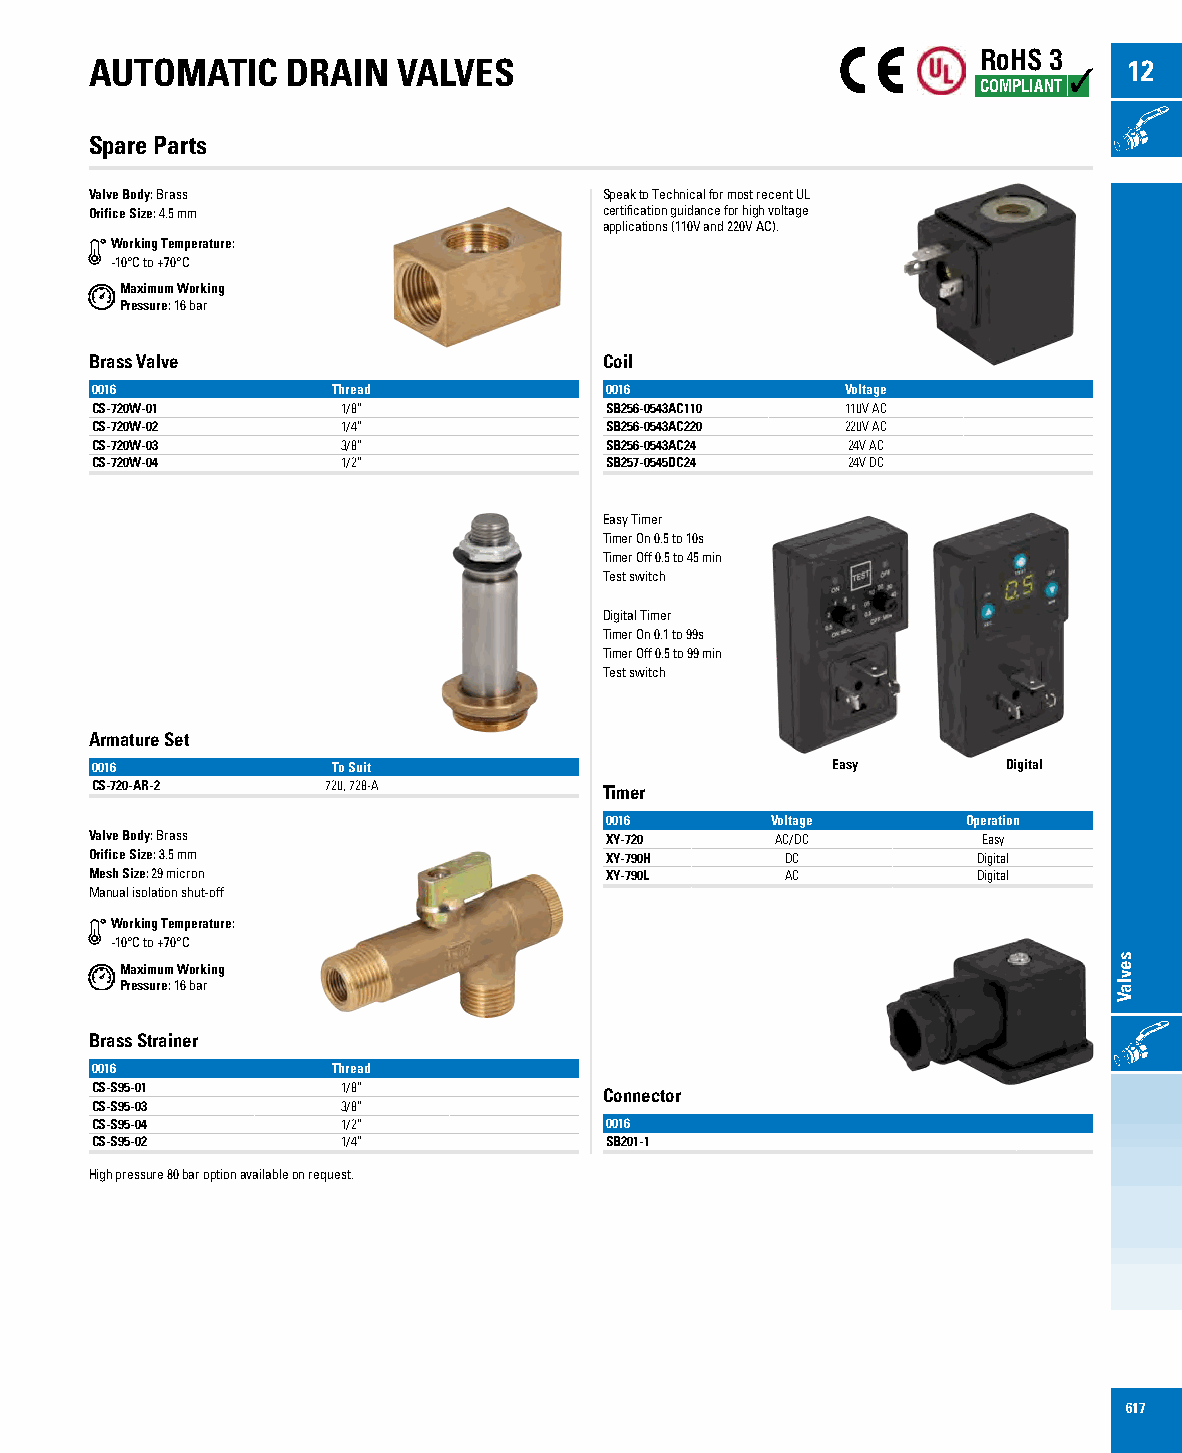
RoHS 3
 AUTOMATIC    DRAIN  VALVES                                           12
 COMPLIANT
 ONOFF
 Spare Parts
 Valve Body: Brass                 Speak to Technical for most recent UL
 Orifice Size: 4.5 mm              certification guidance for high voltage
 applications (110V and 220V AC).
 Working Temperature:
 -10°C to +70°C
 Maximum Working
 Pressure: 16 bar
 Brass Valve                       Coil
 0016            Thread            0016            Voltage
 CS-720W-01       1/8”             SB256-0543AC110 110V AC
 CS-720W-02       1/4”             SB256-0543AC220 220V AC
 CS-720W-03       3/8”             SB256-0543AC24  24V AC
 CS-720W-04       1/2”             SB257-0545DC24  24V DC
 Easy Timer
 Timer On 0.5 to 10s
 Timer Off 0.5 to 45 min
 Test switch
 Digital Timer
 Timer On 0.1 to 99s
 Timer Off 0.5 to 99 min
 Test switch
 Armature Set
 0016            To Suit                          Easy        Digital
 CS-720-AR-2    720, 728-A         Timer
 0016       Voltage      Operation
 Valve Body: Brass                 XY-720     AC/DC         Easy
 Orifice Size: 3.5 mm              XY-790H     DC           Digital
 Mesh Size: 29 micron              XY-790L     AC           Digital
 Manual isolation shut-off
 Working Temperature:
 -10°C to +70°C
 Maximum Working
 Pressure: 16 bar
 ONOFF
 Brass Strainer
 0016            Thread
 CS-S95-01        1/8”             Connector
 CS-S95-03        3/8”
 CS-S95-04        1/2”             0016
 CS-S95-02        1/4”             SB201-1
 High pressure 80 bar option available on request.
 617
 sevlaV